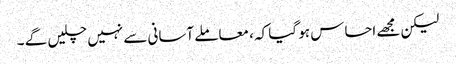
لیکن مجھے احساس ہو گیا کہ ، معاملے آسانی سے نہیں چلیں گے ۔